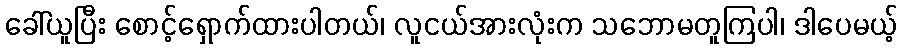
ခေါ်ယူပြီး စောင့်ရှောက်ထားပါတယ်၊ လူငယ်အားလုံးက သဘောမတူကြပါ၊ ဒါပေမယ့်